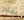
يقام